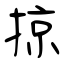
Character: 掠